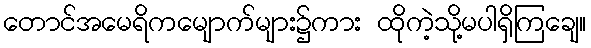
တောင်အမေရိကမျောက်များ၌ကား ထိုကဲ့သို့မပါရှိကြချေ။